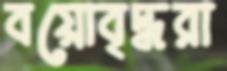
বয়োবৃদ্ধরা